Indian journal of veterinary science and animal husbandry - Volume 3,
Year: 1933
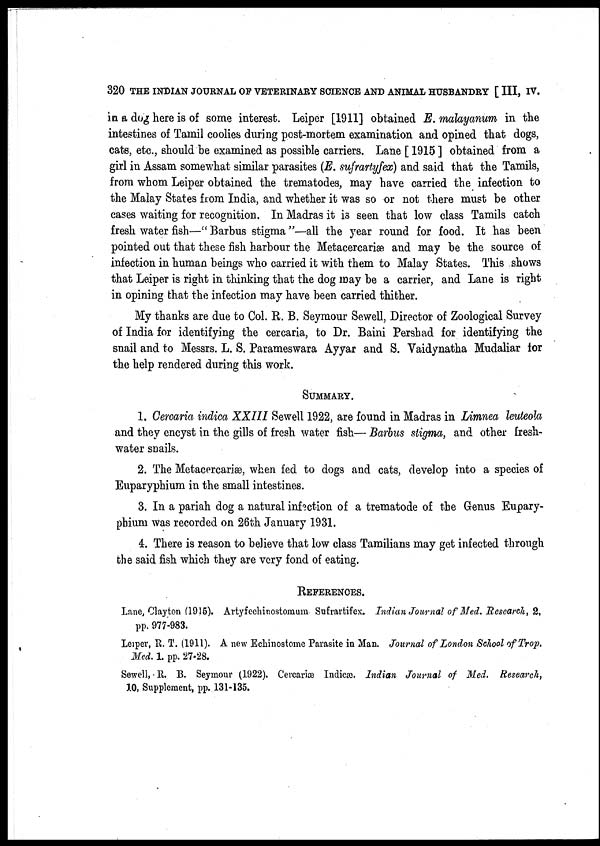
320 THE INDIAN JOURNAL OF VETERINARY SCIENCE AND ANIMAL HUSBANDRY [ III, IV.
in a dog here is of some interest. Leiper [1911] obtained E. malayanum in the
intestines of Tamil coolies during post-mortem examination and opined that dogs,
cats, etc., should be examined as possible carriers. Lane [ 1915 ] obtained from a
girl in Assam somewhat similar parasites (E. sufrartyfex) and said that the Tamils,
from whom Leiper obtained the trematodes, may have carried the infection to
the Malay States from India, and whether it was so or not there must be other
cases waiting for recognition. In Madras it is seen that low class Tamils catch
fresh water fish—"Barbus stigma"—all the year round for food. It has been
pointed out that these fish harbour the Metacercariæ and may be the source of
infection in human beings who carried it with them to Malay States. This shows
that Leiper is right in thinking that the dog may be a carrier, and Lane is right
in opining that the infection may have been carried thither.
My thanks are due to Col. R. B. Seymour Sewell, Director of Zoological Survey
of India for identifying the cercaria, to Dr. Baini Pershad for identifying the
snail and to Messrs. L. S. Parameswara Ayyar and S. Vaidynatha Mudaliar for
the help rendered during this work.
SUMMARY.
1. Cercaria indica XXIII Sewell 1922, are found in Madras in Limnea leuteola
and they encyst in the gills of fresh water fish— Barbus stigma, and other fresh-
water snails.
2. The Metacercariæ, when fed to dogs and cats, develop into a species of
Euparyphium in the small intestines.
3. In a pariah dog a natural infection of a trematode of the Genus Eupary-
phium was recorded on 26th January 1931.
4. There is reason to believe that low class Tamilians may get infected through
the said fish which they are very fond of eating.
REFERENCES.
Lane, Clayton (1915). Artyfechinostomum Sufrartifex. Indian Journal of Med. Research, 2,
pp. 977-983.
Leiper, R. T. (1911). A new Echinostome Parasite in Man. Journal of London School of Trop.
Med. 1. pp. 27-28.
Sewell, R. B. Seymour (1922). Cercariæ Indicæ. Indian Journal of Med. Research,
10, Supplement, pp. 131-135.